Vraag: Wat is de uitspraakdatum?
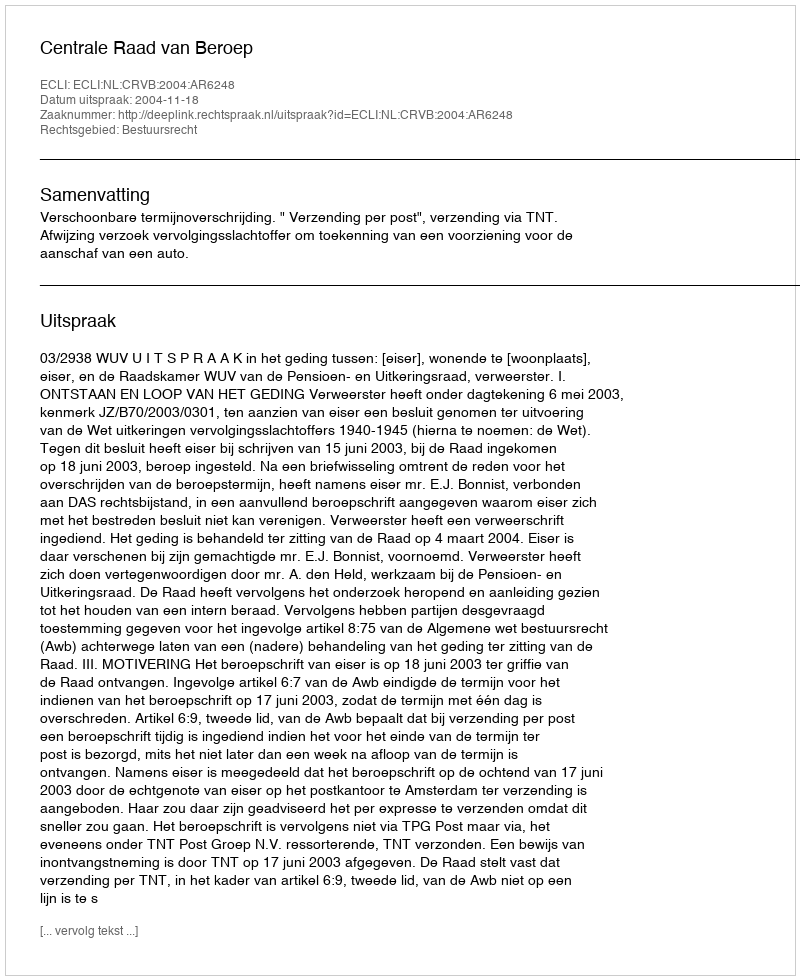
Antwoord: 2004-11-18